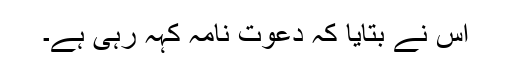
اس نے بتایا کہ دعوت نامہ کہہ رہی ہے۔